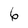
Character: 6